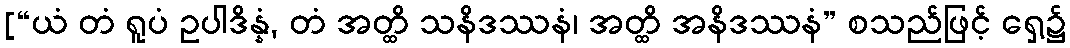
[“ယံ တံ ရူပံ ဥပါဒိန္နံ, တံ အတ္ထိ သနိဒဿနံ၊ အတ္ထိ အနိဒဿနံ” စသည်ဖြင့် ရှေ့၌